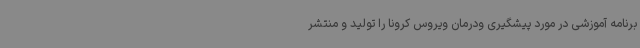
برنامه آموزشی در مورد پیشگیری ودرمان ویروس کرونا را تولید و منتشر